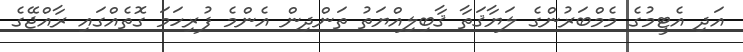
އަދި އެޓީމުގެ މެމްބަރުންގެ ލަޔާޤަތާ ޤާބިލިއްޔަތު ތަންދިން އެންމެ ފުރިހަމަ ގޮތެއްގައި ރާއްޖޭގެ